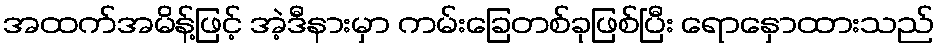
အထက်အမိန့်ဖြင့် အဲ့ဒီနားမှာ ကမ်းခြေတစ်ခုဖြစ်ပြီး ရောနှောထားသည်